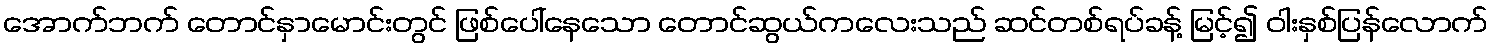
အောက်ဘက် တောင်နှာမောင်းတွင် ဖြစ်ပေါ်နေသော တောင်ဆွယ်ကလေးသည် ဆင်တစ်ရပ်ခန့် မြင့်၍ ဝါးနှစ်ပြန်လောက်